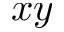
x y